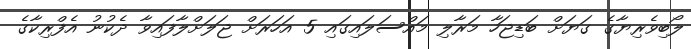
ލޯބިވެރިޔާގެ ގަޔަށް ބަޑިޖަހާ މަރާލި މައްސަލައިގައި 5 އަހަރަށް ޖަލަށްލާފައިވާ ދެކުނު އެފްރިކާގެ